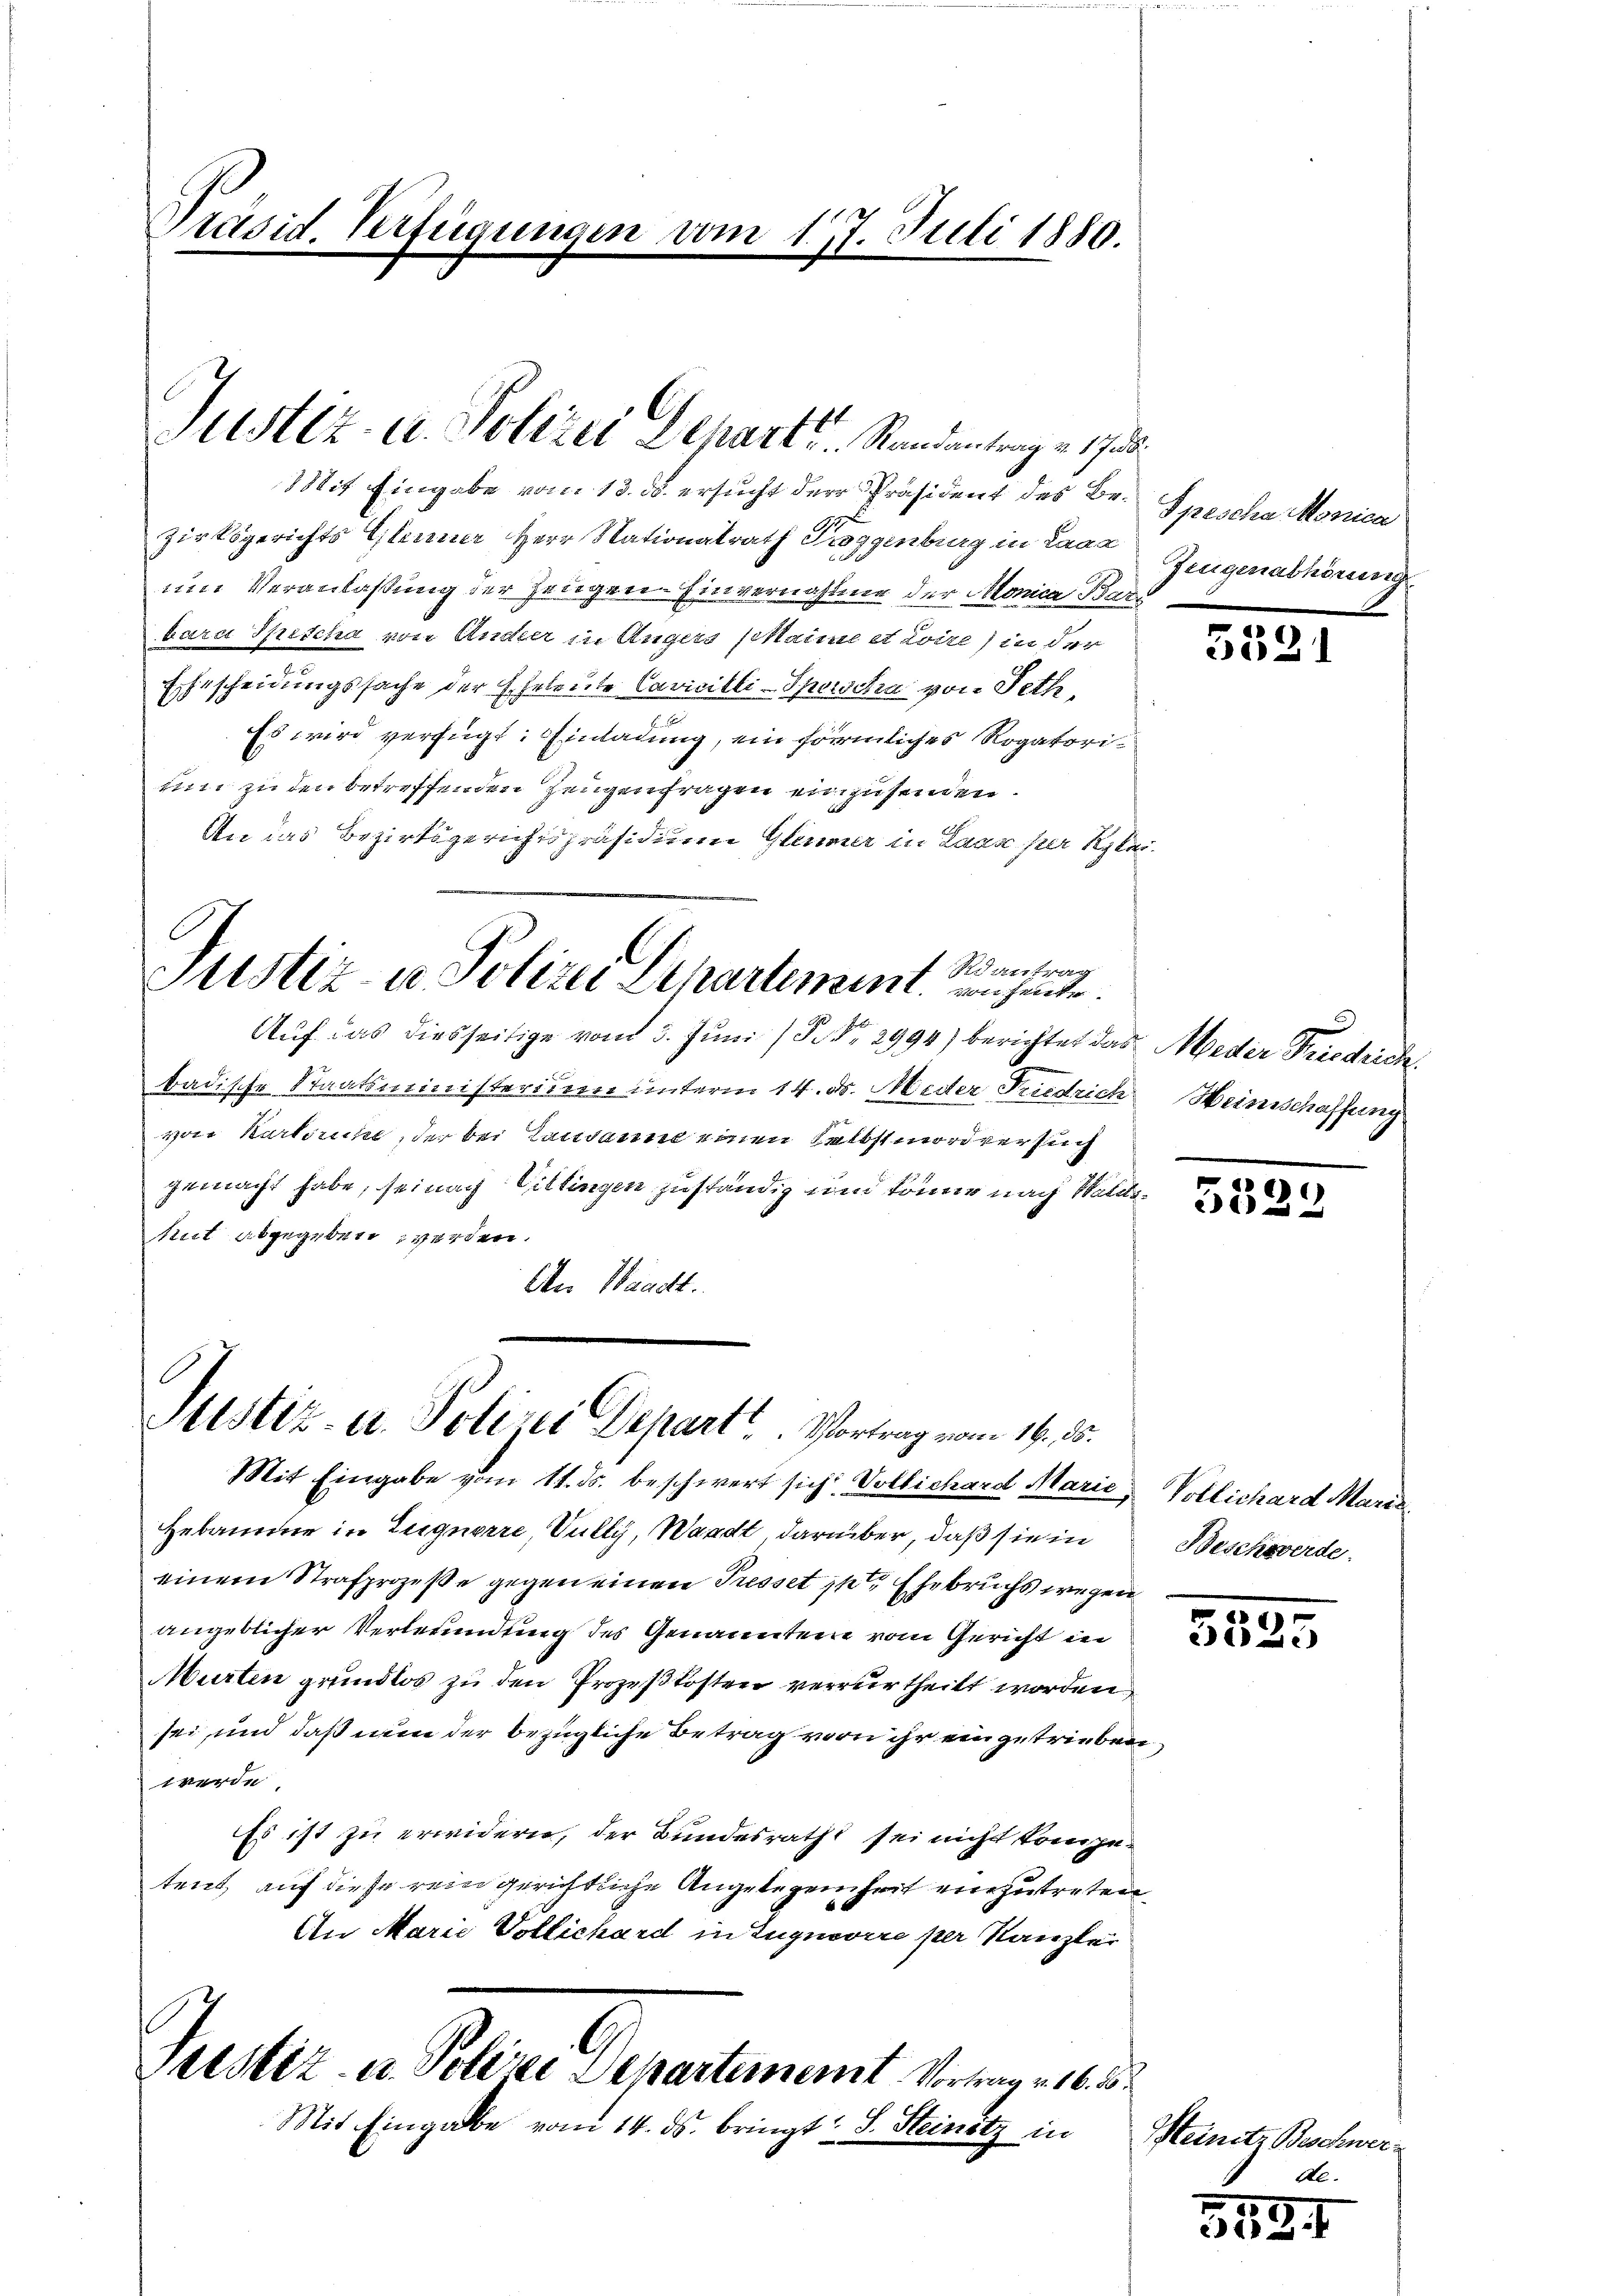
Präsid. Verfügungen vom 17. Juli 1880.

Justiz- u. Polizei Depart Randantrag a 17

Reantrag
Justiz- u. Polizei Departement vorhande
Auf das diesseitige vom 3. Juni / No 2994) berichtet das Meder Friedrich

Stistiz- u. Polizei Depart. Vortrag vom 18. 85.

Mit Eingabe vom 13. ds. ersucht der Präsident des Be-Spescha Monica
zirksgerichts Gleiner Herr Nationalrath Troggenburg in Laaa
um Veranlaßung der Zeugen. Einvernahme der Monica Bar
bara Spescha von Ander in Angers plaime et Loire) in der
Echtscheidungssache der Eheleute Cavicilli-Sperscha von Peth,
Es wird verfügt: Einladung, ein förmliches Rogatoritin zu den betreffenden Zeugenfragen einzusenden.
An das Bezirksgerichtspräsidium Gleiner in Laas per Klei¬

Justiz- u. Polize Separtement. Vortrag v. 16. 5.
Mit Eingabe vom 14. ds. bringt: S. Steinetz in

badische Staatsministerium unterm 14. ds. Meder Friedrich. Heinschaffung
von Karlsruhe, der bei Lausanne einen selbstmordversuch
gemacht habe, seinach Villingen zuständig und könne nach Walds¬
Mut abgegeben werden.
An Waadt.

Mit Eingabe vom 11. ds. beschwert sich Vollichard Marie Vollichard Maria,
Hebamme in Zuguerre, Vully, Waadt darüber, daß sie in
einem Strafprozeße gegen einen Presset inte Ehebruchs wegen
angeblicher Verlesundung des Genannten vom Gericht in
Murten grundlos zu den Prozeßkosten verurtheilt worden,
sei, und daß nun der bezügliche Betrag von ihr eingetrieben
werde.
Es ist zu erwidern, der Bundesrath sei nicht kompetent, auf diese rein gerichtliche Angelegenheit einzutreten.
An Marie Vollichard in Zugnovire per Kanzlei

Zeugenabhörsing

5381

.

3529

Beschwerde.

5525

Steinete Beschwerde.

555.